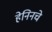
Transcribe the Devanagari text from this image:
हेनिनचे